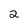
Character: 2